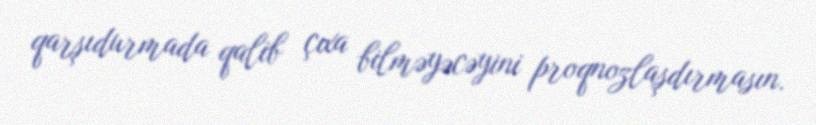
qarşıdurmada qalib çıxa bilməyəcəyini proqnozlaşdırmasın.